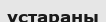
ұстараны